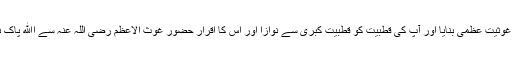
لہٰذا آپ کی ولایت کو ولایتِ عظمیٰ اور آپ کی غوثیت کو غوثیتِ عظمیٰ بنایا اور آپ کی قطبیت کو قطبیتِ کبریٰ سے نوازا اور اس کا اقرار حضور غوث الاعظم رضی اللہ عنہ سے اﷲ پاک نے قَدَمِيْ هٰذِه عَلٰي رَقَبَةِ کُلِّ وَلِيِّ اﷲ کے کلمات سے کروایا۔